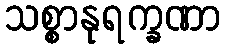
သစ္စာနုရက္ခဏာ